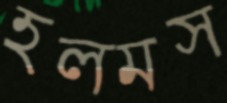
হলমস